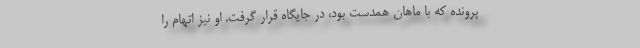
پرونده که با ماهان همدست بود، در جایگاه قرار گرفت. او نیز اتهام را